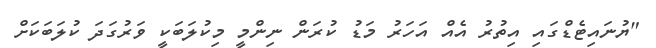
"ޔުނައިޓެޑްގައި އިތުރު އެއް އަހަރު މަޑު ކުރަން ނިންމީ މިކުލަބަކީ ވަރުގަދަ ކުލަބަކަށް